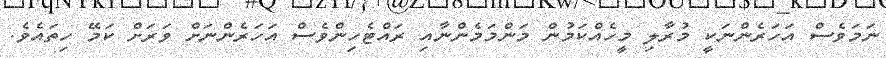
ނަމަވެސް އަހަރެންނަކީ މުރާލި މީހެއްކަމުން މަންމަމެންނާއި ރައްޓެހިންވެސް އަހަރެންނަށް ވަރަށް ކަމޭ ހިތައެވެ.